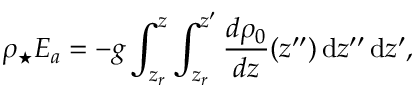
\rho _ { \star } E _ { a } = - g \int _ { z _ { r } } ^ { z } \int _ { z _ { r } } ^ { z ^ { \prime } } \frac { d \rho _ { 0 } } { d z } ( z ^ { \prime \prime } ) \, \mathrm { d } z ^ { \prime \prime } \, \mathrm { d } z ^ { \prime } ,